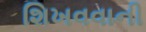
શિખવવાની